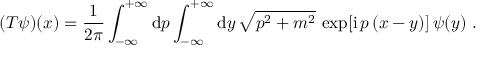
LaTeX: ( T \psi ) ( x ) = \frac { 1 } { 2 \pi } \int _ { - \infty } ^ { + \infty } \mathrm { d } p \int _ { - \infty } ^ { + \infty } \mathrm { d } y \, \sqrt { p ^ { 2 } + m ^ { 2 } } \, \exp [ \mathrm { i } \, p \, ( x - y ) ] \, \psi ( y ) \ .